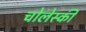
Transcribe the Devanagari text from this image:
चोलेस्की